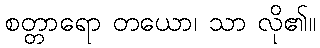
စတ္တာရော တယော၊ သာ လို၏။